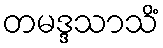
တမဒ္ဒသာသိံ